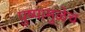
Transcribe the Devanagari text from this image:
पुष्पामुळेच